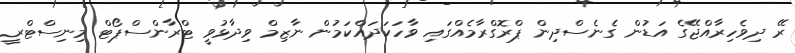
ރޭ ދިވެެހިރާއްޖޭގެ އަޑުން ގެނެސްދިން ޕްރޮގްރާމެއްގައި ވާހަކަދައްކަމުން ނާޒިމް ވިދާޅުވީ ޓްރާންސްޕޯޓް މިނިސްޓްރީ